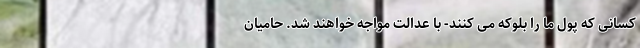
کسانی که پول ما را بلوکه می کنند- با عدالت مواجه خواهند شد. حامیان